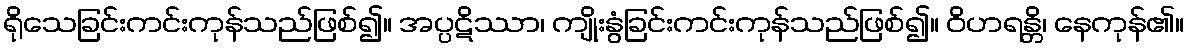
ရိုသေခြင်းကင်းကုန်သည်ဖြစ်၍။ အပ္ပဋိဿာ၊ ကျိုးနွံခြင်းကင်းကုန်သည်ဖြစ်၍။ ဝိဟရန္တိ၊ နေကုန်၏။